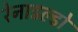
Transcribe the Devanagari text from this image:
रेनाडल्डो